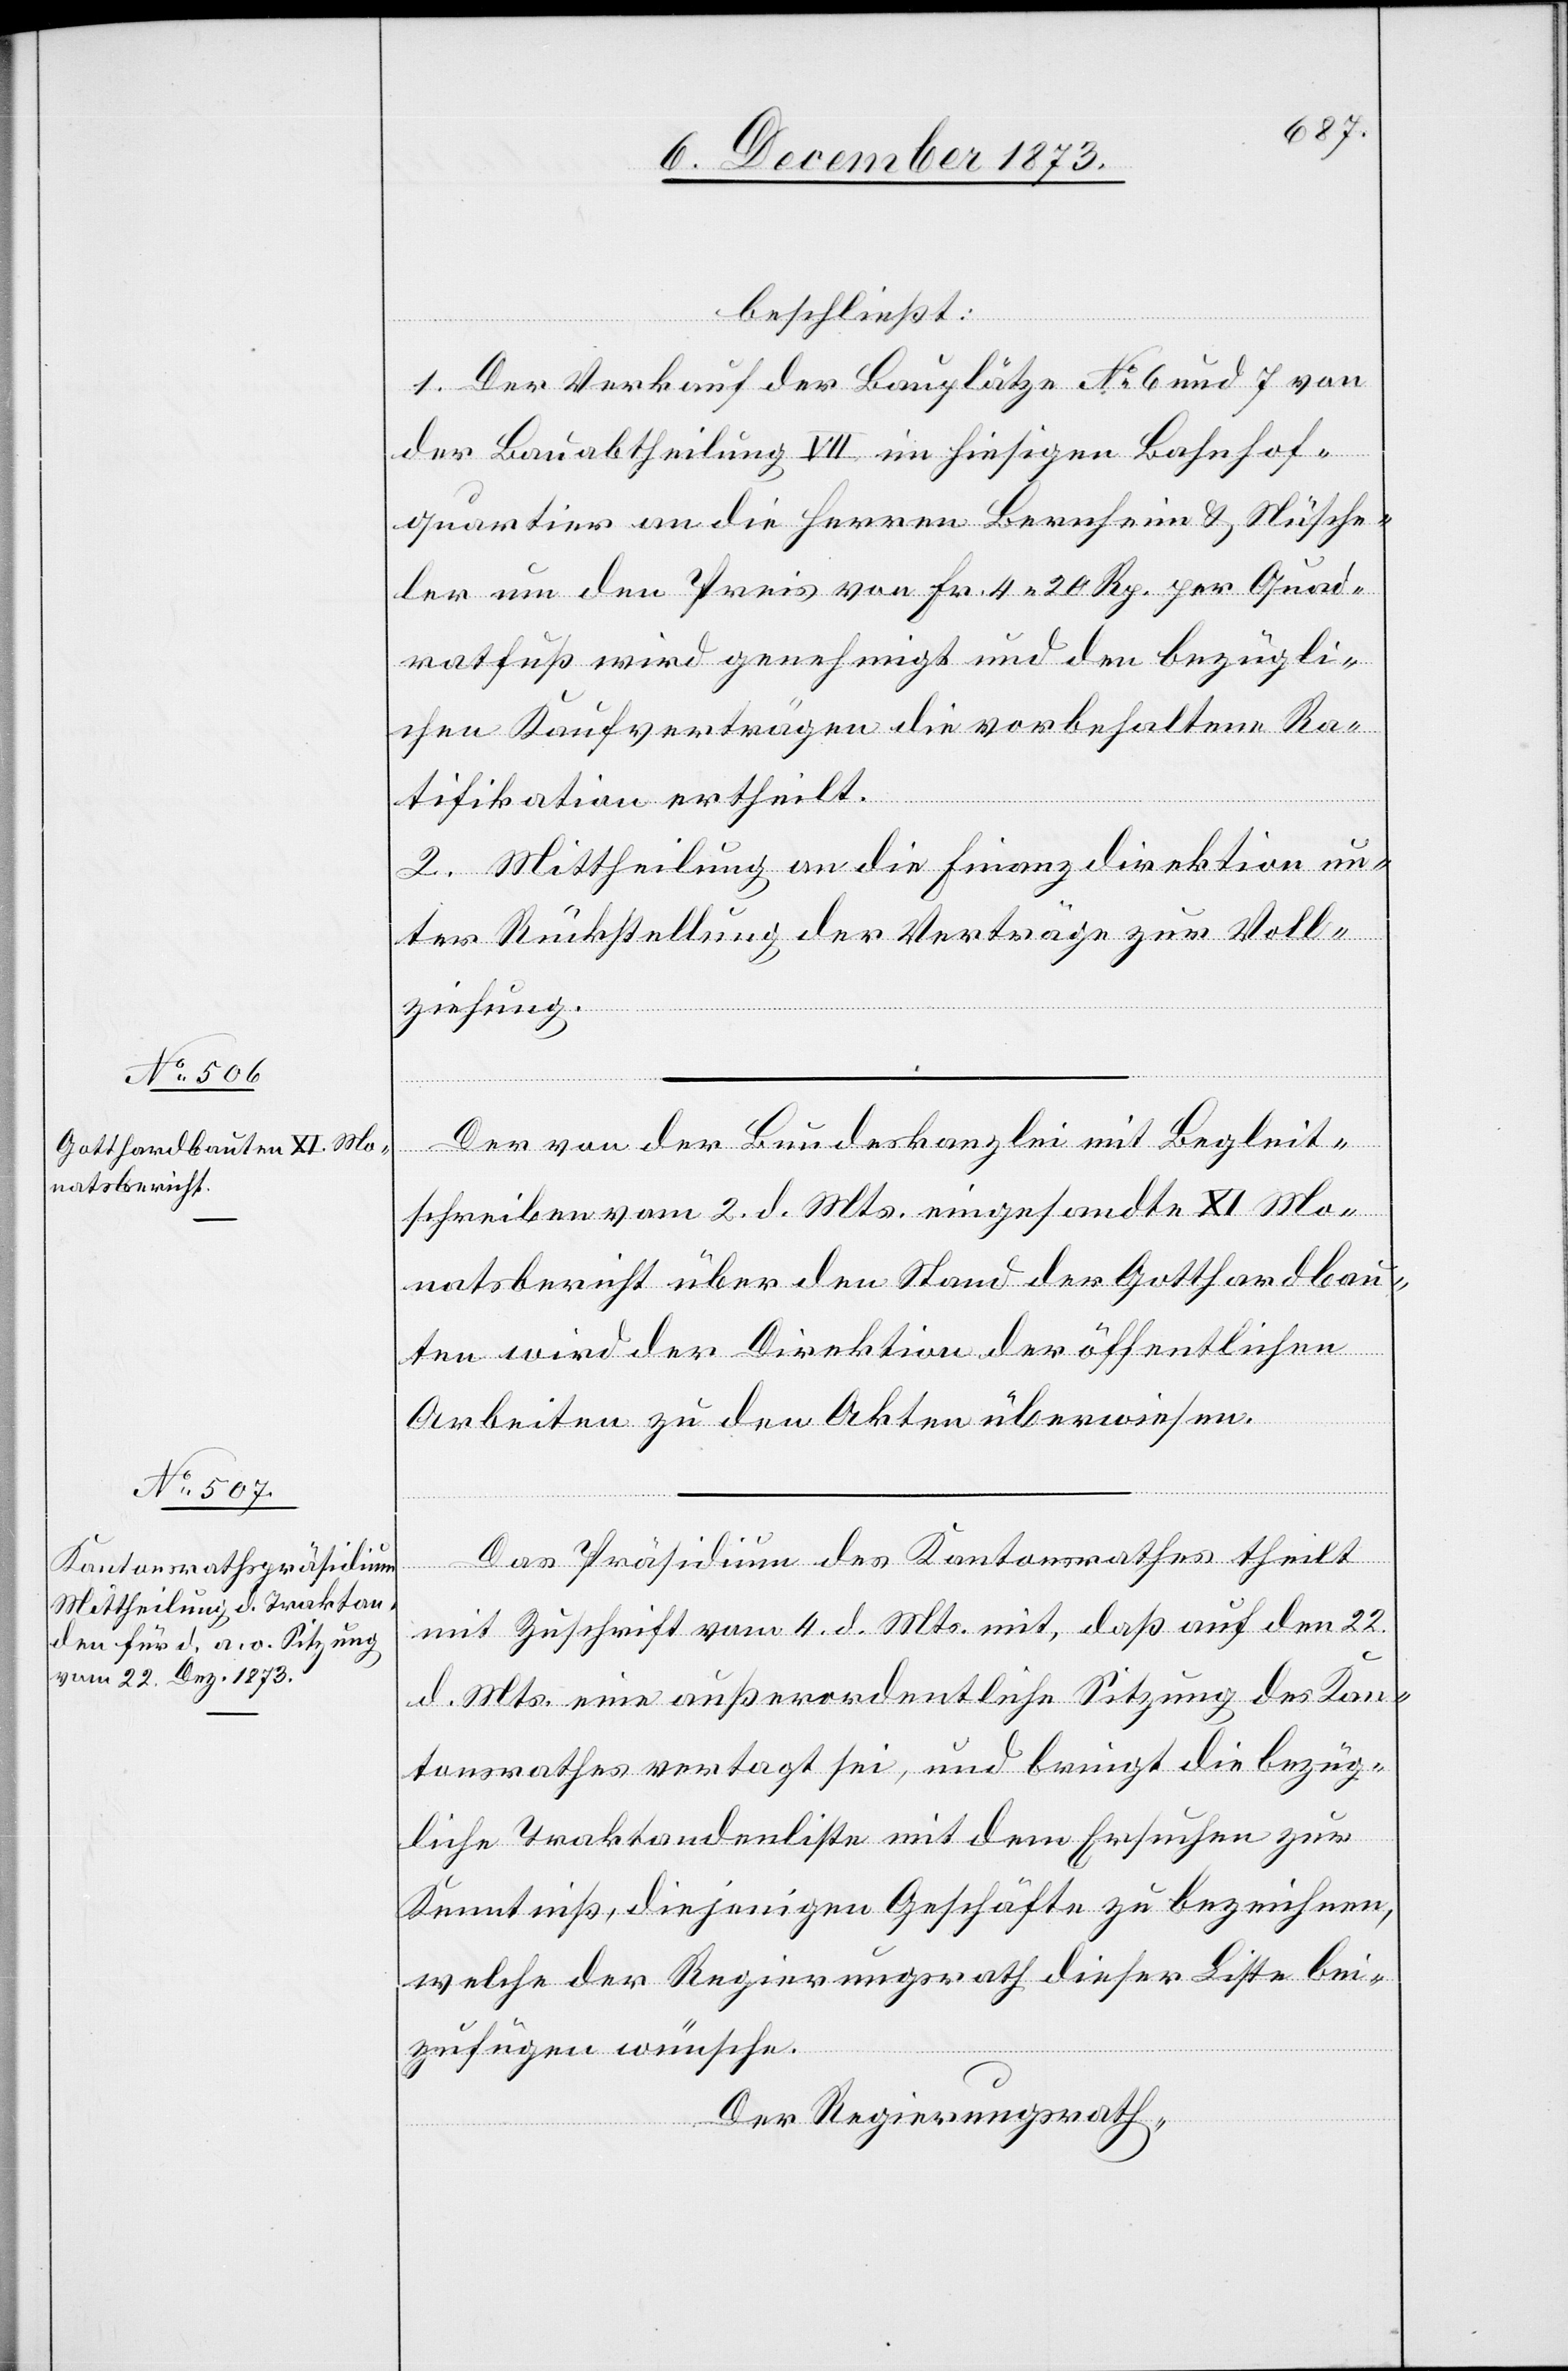
beschließt:
1. Der Verkauf der Bauplätze No 6 und 7 von
der Bauabtheilung VII im hiesigen Bahnhof¬
quartier an die Herren Bernheim & Nüsche¬
ler um den Preis von Fr. 4 20 Rp. per Quad¬
ratfuß wird genehmigt und den bezügli¬
chen Kaufverträgen die vorbehaltene Ra¬
tifikation ertheilt.
2. Mittheilung an die Finanzdirektion un¬
ter Rückstellung der Verträge zur Voll¬
ziehung.
Der von der Bundeskanzlei mit Begleit¬
schreiben vom 2. d. Mts. eingesandte XI. Mo¬
natsbericht über den Stand der Gotthardbau¬
ten wird der Direktion der öffentlichen
Arbeiten zu den Akten überwiesen.
Das Präsidium des Kantonsrathes theilt
mit Zuschrift vom 4. d. Mts. mit, daß auf den 22.
d. Mts. eine außerordentliche Sitzung des Kan¬
tonsrathes vertagt sei, und bringt die bezüg¬
liche Traktandenliste mit dem Ersuchen zur
Kenntniß, diejenigen Geschäfte zu bezeichnen,
welche der Regierungsrath dieser Liste bei¬
zufügen wünsche.
Der Regierungsrath,